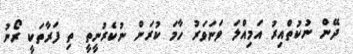
ދޭން ނުކުތްއިރު އަމިއްލަ ވަނަވަރު ހާމަ ކުރަން ނުކެރުނީތީ ތި ފަރާތަކީ ރޯނު